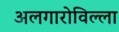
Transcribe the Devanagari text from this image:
अलगारोविल्ला